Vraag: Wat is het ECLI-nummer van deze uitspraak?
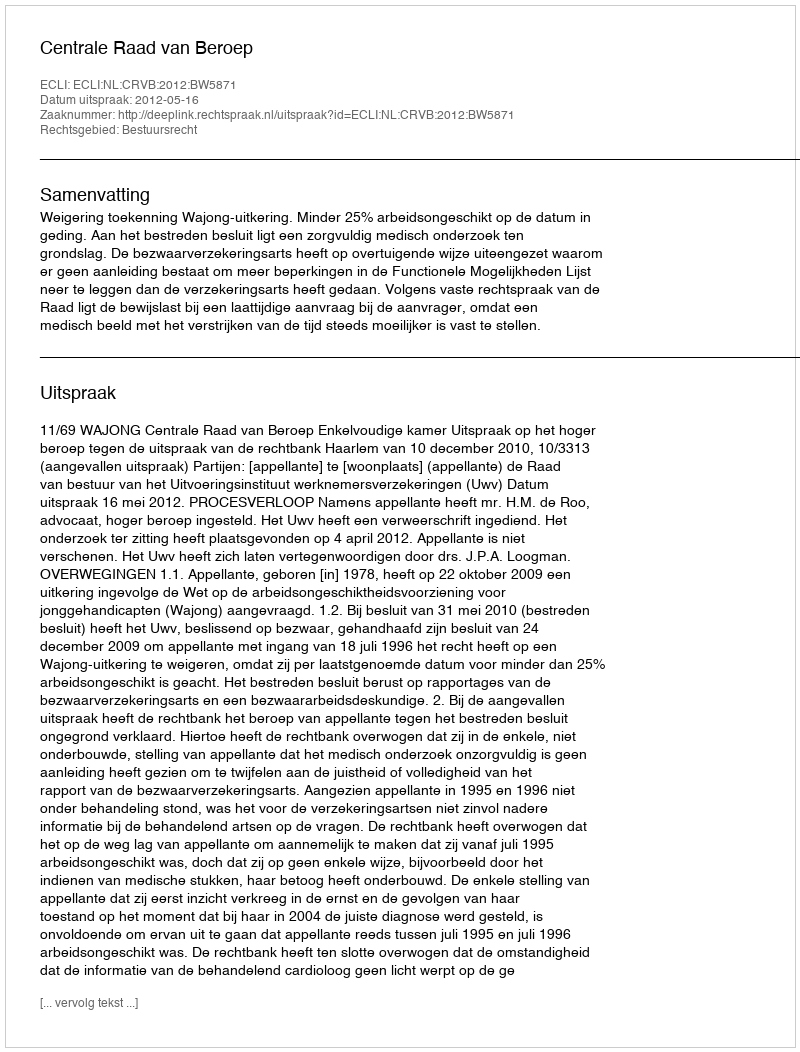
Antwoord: ECLI:NL:CRVB:2012:BW5871